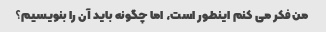
من فکر می کنم اینطور است، اما چگونه باید آن را بنویسیم؟